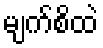
မျက်စိထဲ